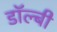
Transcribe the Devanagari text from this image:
डाॅल्बी